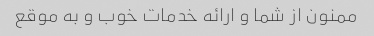
ممنون از شما و ارائه خدمات خوب و به موقع